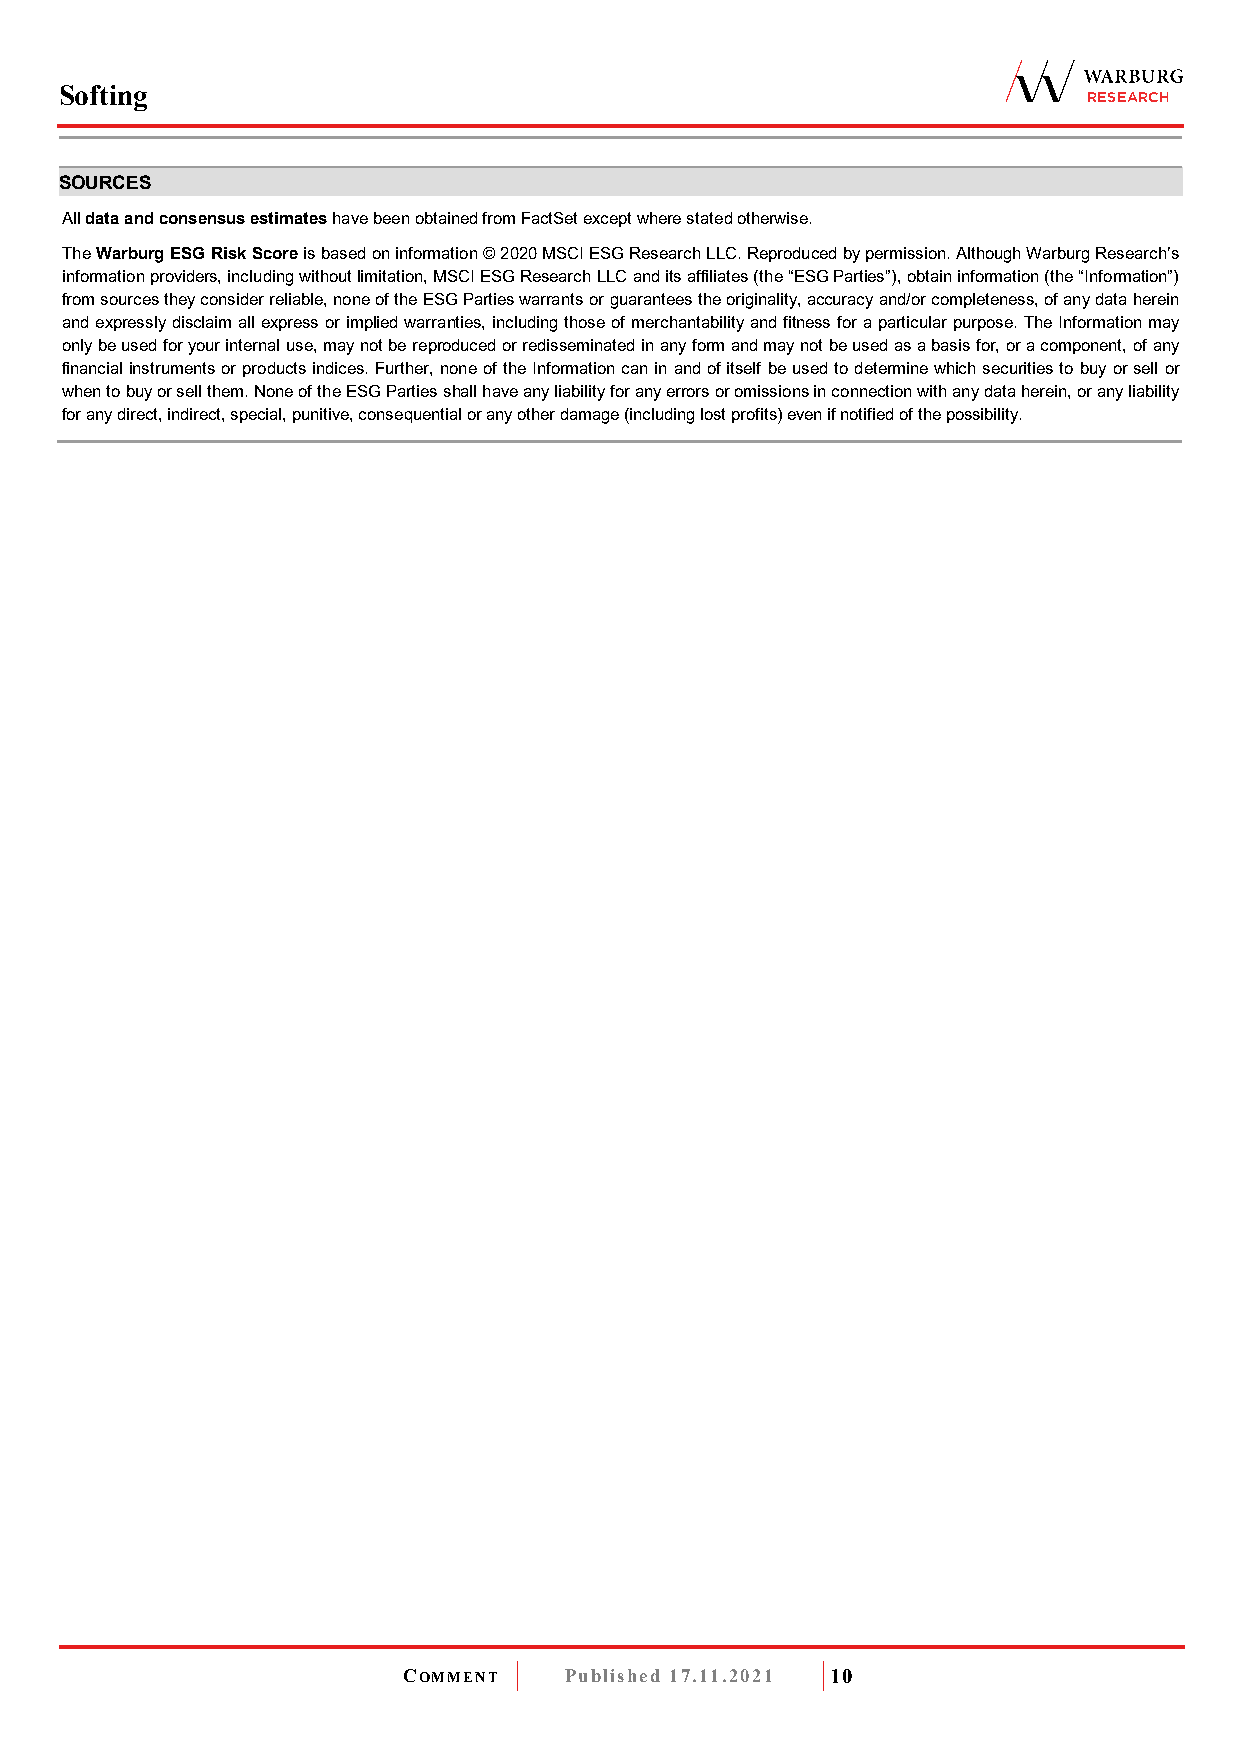
Softing
 RESEARCH
 SOURCES
 All data and consensus estimates have been obtained from FactSet except where stated otherwise.
 The Warburg ESG Risk Score is based on information © 2020 MSCI ESG Research LLC. Reproduced by permission. Although Warburg Research’s
 information providers, including without limitation, MSCI ESG Research LLC and its affiliates (the “ESG Parties”), obtain information (the “Information”)
 from sources they consider reliable, none of the ESG Parties warrants or guarantees the originality, accuracy and/or completeness, of any data herein
 and expressly disclaim all express or implied warranties, including those of merchantability and fitness for a particular purpose. The Information may
 only be used for your internal use, may not be reproduced or redisseminated in any form and may not be used as a basis for, or a component, of any
 financial instruments or products indices. Further, none of the Information can in and of itself be used to determine which securities to buy or sell or
 when to buy or sell them. None of the ESG Parties shall have any liability for any errors or omissions in connection with any data herein, or any liability
 for any direct, indirect, special, punitive, consequential or any other damage (including lost profits) even if notified of the possibility.
 COMMENT   Published 17.11.2021 10